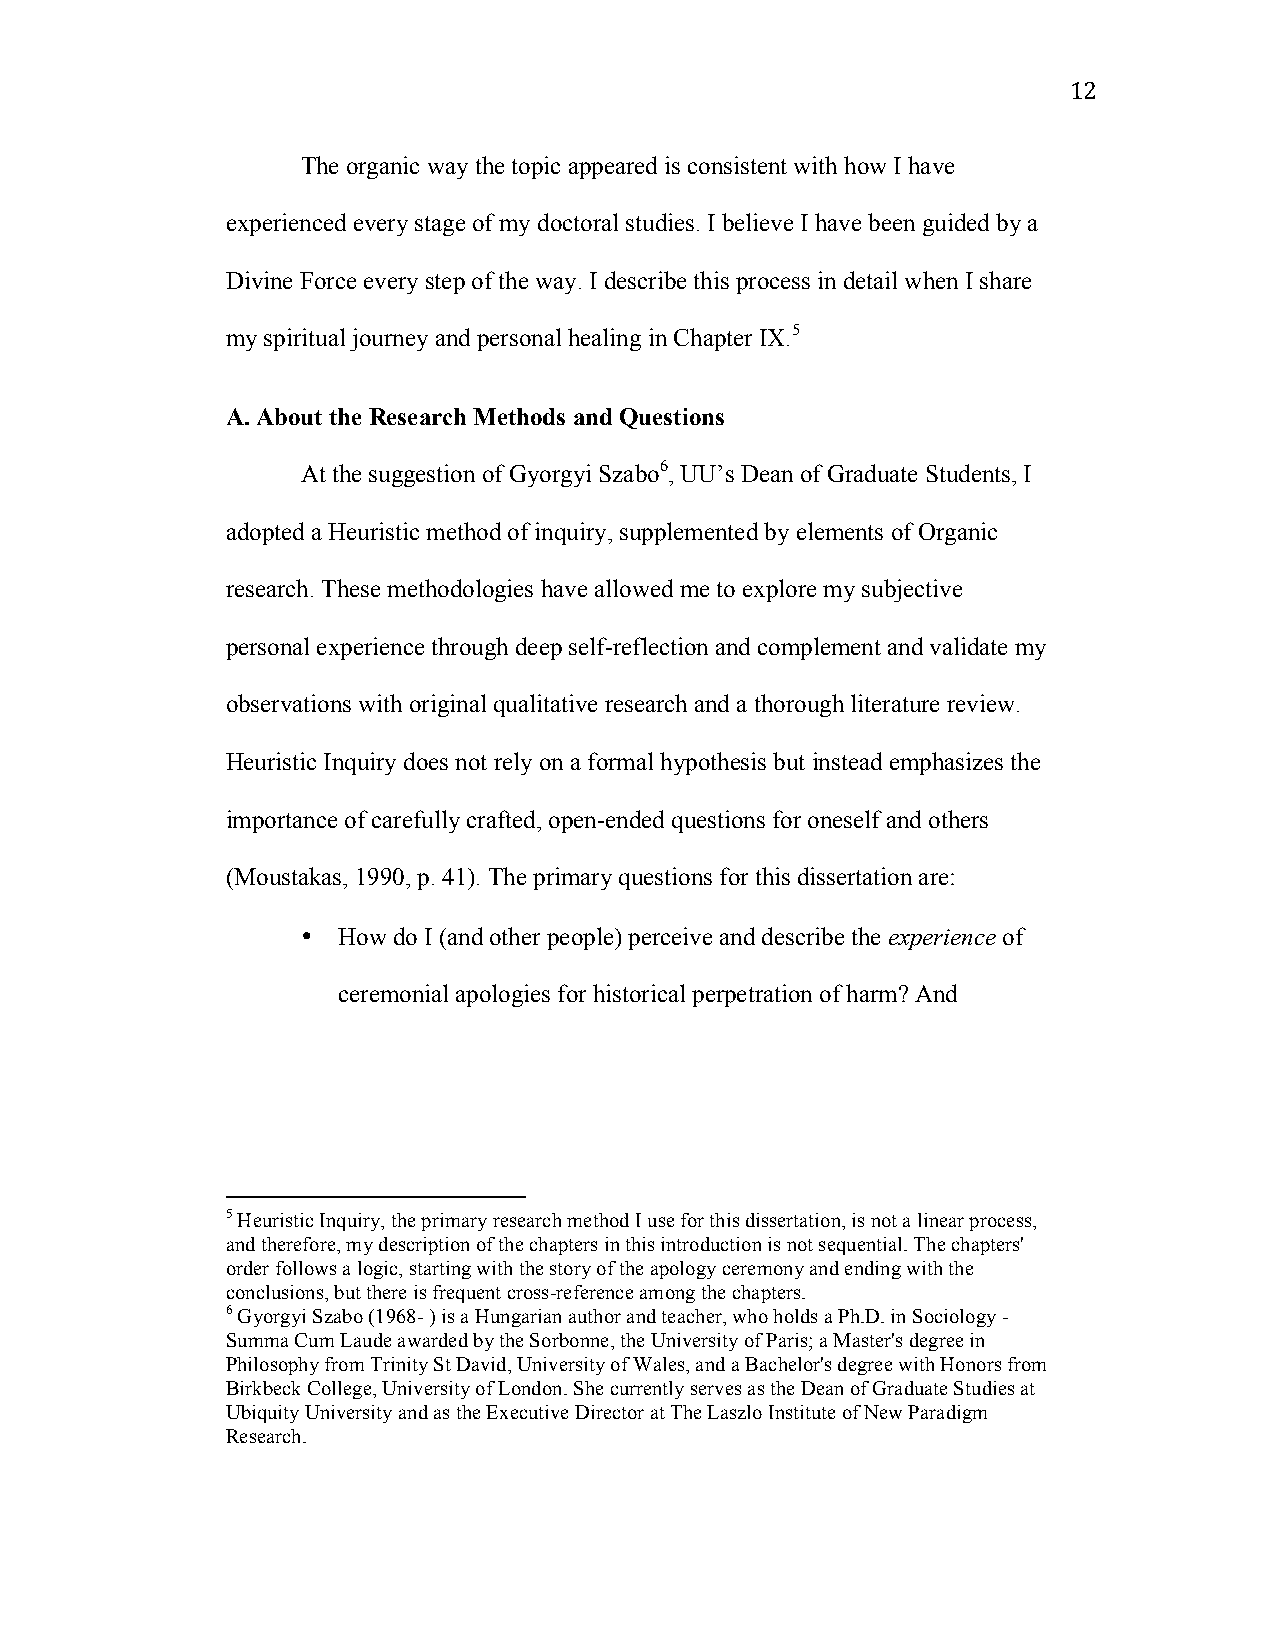
12
 The organic way the topic appeared is consistent with how I have
 experienced every stage of my doctoral studies. I believe I have been guided by a
 Divine Force every step of the way. I describe this process in detail when I share
 my spiritual journey and personal healing in Chapter IX.5
 A. About the Research Methods and Questions
 At the suggestion of Gyorgyi Szabo6, UU’s Dean of Graduate Students, I
 adopted a Heuristic method of inquiry, supplemented by elements of Organic
 research. These methodologies have allowed me to explore my subjective
 personal experience through deep self-reflection and complement and validate my
 observations with original qualitative research and a thorough literature review.
 Heuristic Inquiry does not rely on a formal hypothesis but instead emphasizes the
 importance of carefully crafted, open-ended questions for oneself and others
 (Moustakas, 1990, p. 41). The primary questions for this dissertation are:
 • How do I (and other people) perceive and describe the experience of
 ceremonial apologies for historical perpetration of harm? And
 5 Heuristic Inquiry, the primary research method I use for this dissertation, is not a linear process,
 and therefore, my description of the chapters in this introduction is not sequential. The chapters'
 order follows a logic, starting with the story of the apology ceremony and ending with the
 conclusions, but there is frequent cross-reference among the chapters.
 6 Gyorgyi Szabo (1968- ) is a Hungarian author and teacher, who holds a Ph.D. in Sociology -
 Summa Cum Laude awarded by the Sorbonne, the University of Paris; a Master's degree in
 Philosophy from Trinity St David, University of Wales, and a Bachelor's degree with Honors from
 Birkbeck College, University of London. She currently serves as the Dean of Graduate Studies at
 Ubiquity University and as the Executive Director at The Laszlo Institute of New Paradigm
 Research.